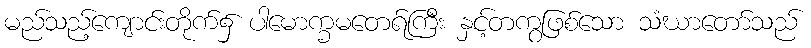
မည်သည့်ကျောင်းတိုက်၌ ပါမောက္ခမတေရ်ကြီး နှင့်တကွဖြစ်သော သံဃာတော်သည်